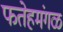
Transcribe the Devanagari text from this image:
फतेहमंगळ